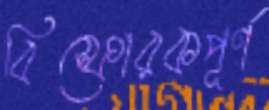
বিস্ফোরকপূর্ণ